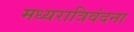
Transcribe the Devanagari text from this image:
मध्यरात्रिवंदना